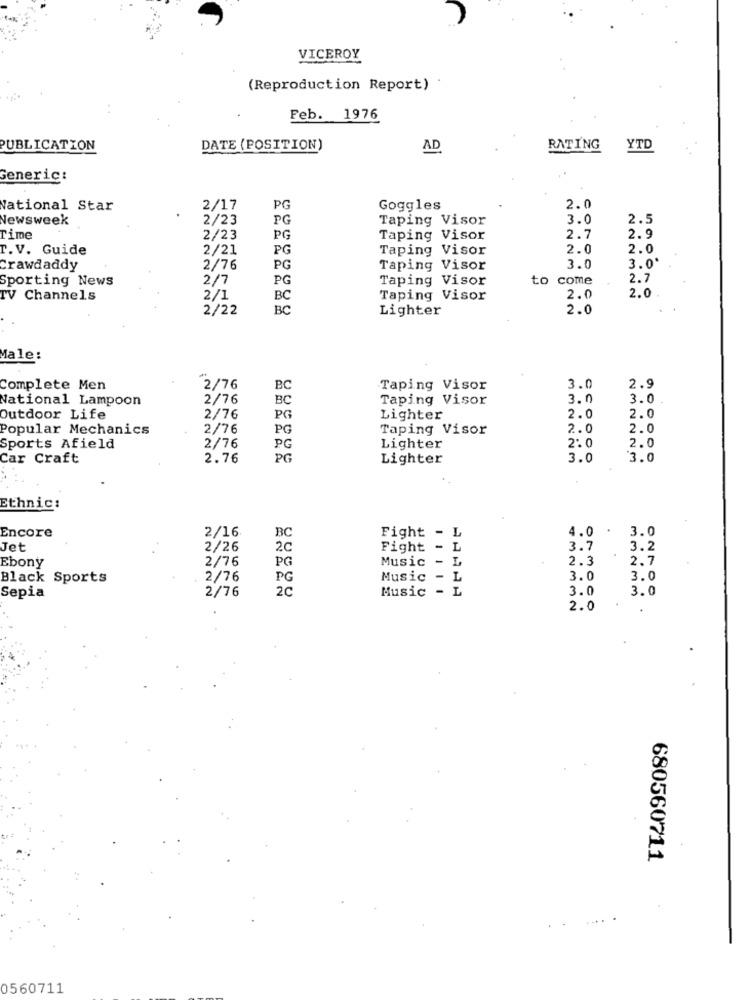
VICEROY
(Reproduction Report)
Feb. 1976
PUBLICATION
DATE (POSITION)
AD
RATING
YTD
Generic:
Vational Star
2/17
PG
Goggles
2.0
Newsweek
2/23
PG
Taping Visor
3.0
2.5
Time
2/23
PG
Taping Visor
2.7
2.9
T. V. Guide
2/21
PG
Taping Visor
2.0
2.0
Crawdaddy
2/76
PG
Taping Visor
3.0
3.0'
Sporting News
2/7
PG
Taping Visor
to
come
2.7
2.0
TV Channels
2/1
BC
Taping Visor
2.0
2/22
BC
Lighter
2.0
Male:
Complete Men
2/76
BC
Taping Visor
3.0
2.9
National Lampoon
2/76
BC
Taping Visor
3.0
3.0
Outdoor Life
2/76
PG
Lighter
2.0
2.0
Popular Mechanics
2/76
PG
Taping Visor
2.0
2.0
Sports Afield
2/76
PG
Lighter
2.0
Car Craft
2.76
PG
Lighter
3.0
3.0
Ethnic:
Encore
BC
4.0 . 3.0
2/16
Fight - L
Jet
2/26
2c
Fight - L
3.7
3.2
2/76
PG
2.3
2.7
Ebony
Music - L
Black Sports
2/76
PG
Music - 1
3.0
3.0
2C
Music - L
3.0
3.0
Sepia
2/76
2.0
680560711
0560711